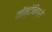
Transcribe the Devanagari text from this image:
मॉन्टेनिग्रो